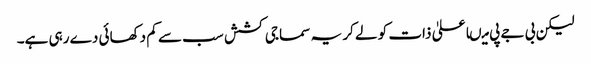
لیکن بی جے پی میںاعلیٰ ذات کو لے کر یہ سماجی کشش سب سے کم دکھائی دے رہی ہے۔